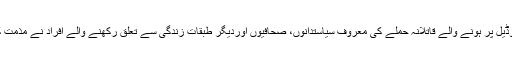
رشید گوڈیل پر ہونے والے قاتلانہ حملے کی معروف سیاستدانوں، صحافیوں اوردیگر طبقاتِ زندگی سے تعلق رکھنے والے افراد نے مذمت کی ہے۔